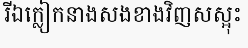
រីឯក្លៀកនាងសងខាងវិញសស្អុះ